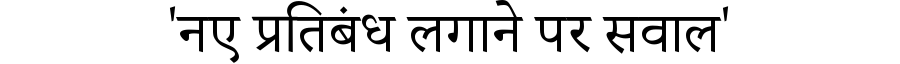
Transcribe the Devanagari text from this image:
'नए प्रतिबंध लगाने पर सवाल'